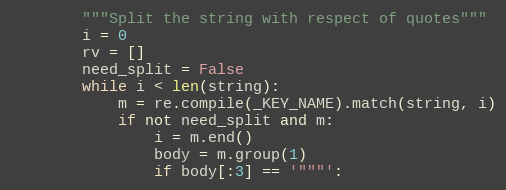
Language: Python
        """Split the string with respect of quotes"""
        i = 0
        rv = []
        need_split = False
        while i < len(string):
            m = re.compile(_KEY_NAME).match(string, i)
            if not need_split and m:
                i = m.end()
                body = m.group(1)
                if body[:3] == '"""':